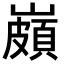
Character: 𡽠